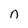
Character: n